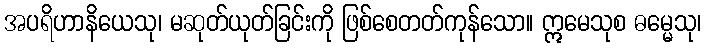
အပရိဟာနိယေသု၊ မဆုတ်ယုတ်ခြင်းကို ဖြစ်စေတတ်ကုန်သော။ ဣမေသုစ ဓမ္မေသု၊